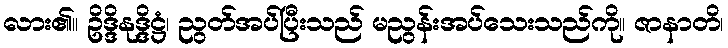
လား၏။ ဥိဒ္ဒိနုဒ္ဒိဋ္ဌံ၊ ညွတ်အပ်ပြီးသည် မညွန်းအပ်သေးသည်ကို။ ဇာနာတိ၊